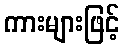
ကားများဖြင့်